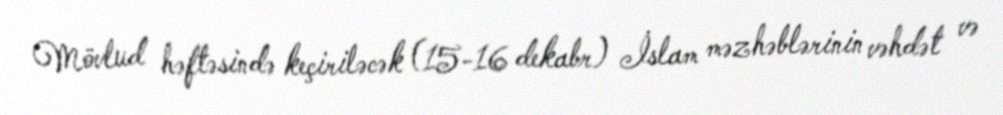
Mövlud həftəsində keçiriləcək (15-16 dekabr) İslam məzhəblərinin vəhdət və